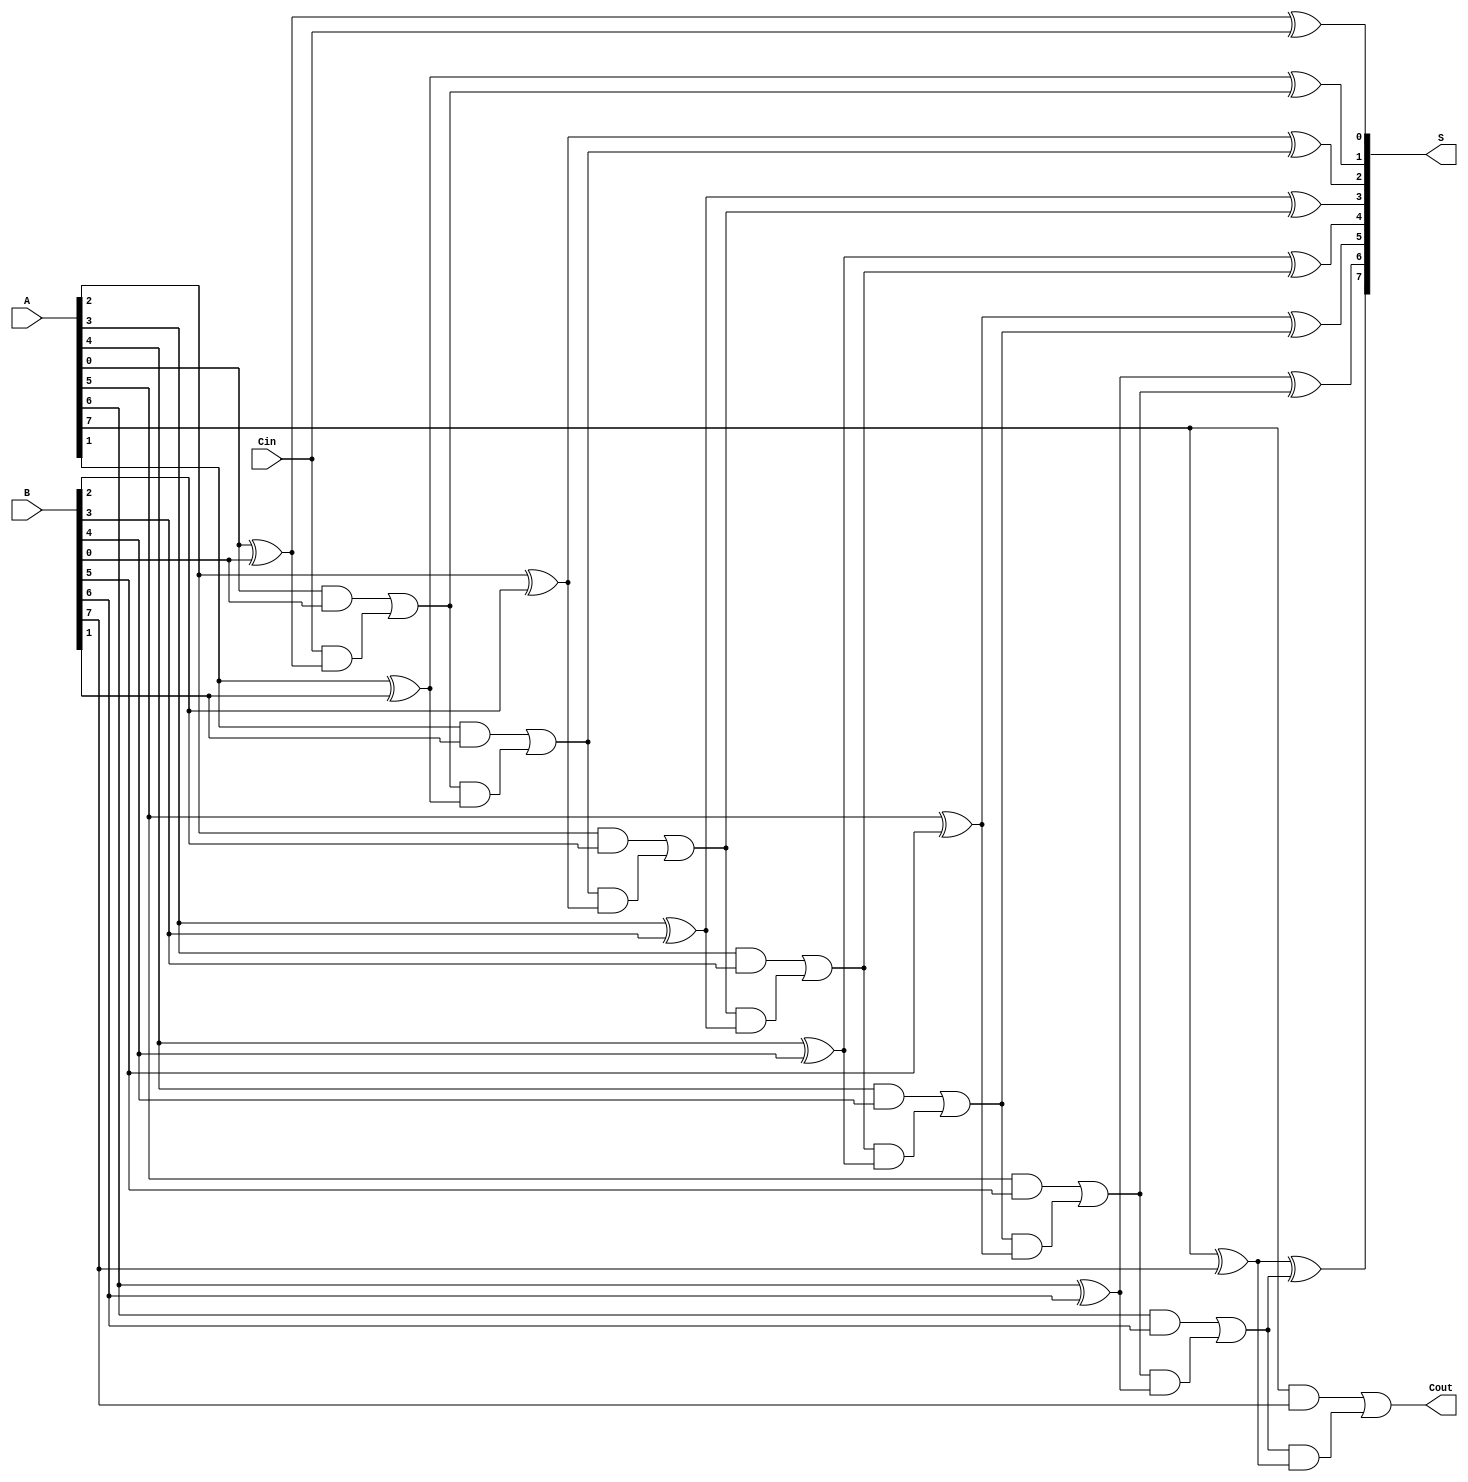
module han_carlson_adder #(parameter N = 8) (
    input  [N-1:0] A,     // First n-bit input
    input  [N-1:0] B,     // Second n-bit input
    input          Cin,    // Carry input
    output [N-1:0] S,     // Sum output
    output         Cout     // Carry output
);

    wire [N:0] carry; // Carry signals, carry[N] is the final carry out

    // Assign the initial carry input
    assign carry[0] = Cin;

    genvar i;
    generate
        for (i = 0; i < N; i = i + 1) begin : adder
            wire Ai = A[i];
            wire Bi = B[i];
            wire Ci = carry[i];

            // Sum output for the i-th bit
            assign S[i] = Ai ^ Bi ^ Ci;

            // Carry output for the (i+1)-th bit
            assign carry[i + 1] = (Ai & Bi) | (Ci & (Ai ^ Bi));
        end
    endgenerate

    // The final carry output
    assign Cout = carry[N];

endmodule